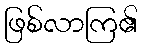
ဖြစ်လာကြ၏